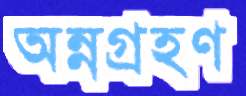
অন্নগ্রহণ